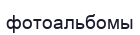
фотоальбомы